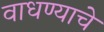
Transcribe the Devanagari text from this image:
वाधण्याचे